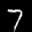
Label: 7